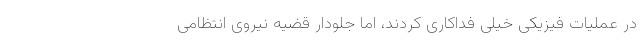
در عملیات فیزیکی خیلی فداکاری کردند، اما جلودار قضیه نیروی انتظامی